Report on vaccination in Madras 1895-1903 - 1895-1903
Year: 1895
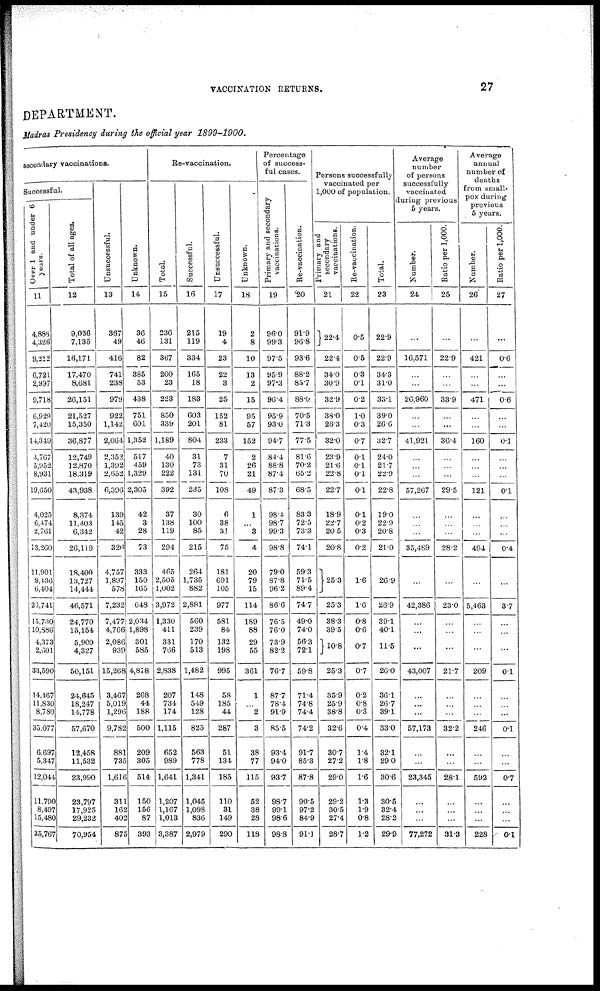
VACCINATION RETURNS.
27
DEPARTMENT.
Madras Presidency during the official year
1899-1900.
secondary vaccinations.
Successful.
Over 1 and under 6
years.
11
4,886
4,326
9,212
6,721
2,997
9,718
6,929
7,420
14,349
4,767
5,952
8,931
19,650
4,025
6,474
2,761
13,260
11,901
8,436
6,404
23,741
15,730
10,886
4,373
2,601
33,590
14,467
11,830
8,780
35,077
6,697
5,347
12,044
11,790
8,497
15,480
35,767
Total of all ages.
12
9,036
7,135
16,171
17,470
8,681
26,151
21,527
15,350
36,877
12,749
12,870
18,319
43,938
8,374
11,403
6,342
26,119
18,400
13,727
14,444
46,571
24,770
15,154
5,900
4,327
50,151
24,645
18,247
14,778
57,670
12,458
11,532
23,990
23,797
17,925
29,232
70,954
Unsuccessful.
13
367
49
416
741
238
979
922
1,142
2,064
2,352
1,392
2,652
6,396
139
145
42
326
4,757
1,897
578
7,232
7,477
4,766
2,086
939
15,268
3,467
5,019
1,296
9,782
881
735
1,616
311
162
402
875
Unknown.
14
36
46
82
385
53
438
751
601
1,352
517
459
1,329
2,305
42
3
28
73
333
150
165
648
2,034
1,898
301
585
4,818
268
44
188
500
209
305
514
150
156
87
393
Re-vaccination.
Total.
15
236
131
367
200
23
223
850
339
1,189
40
130
222
392
37
138
119
294
465
2,505
1,002
3,972
1,330
411
331
766
2,838
207
734
174
1,115
652
989
1,641
1,207
1,167
1,013
3,387
Successful.
16
215
119
334
165
18
183
603
201
804
31
73
131
235
30
100
85
215
264
1,735
882
2,881
560
239
170
513
1,482
148
549
128
825
563
778
1,341
1,045
1,098
836
2,979
Unsuccessful.
17
19
4
23
22
3
25
152
81
233
7
31
70
108
6
38
31
75
181
691
105
977
581
84
132
198
995
58
185
44
287
51
134
185
110
31
149
290
Unknown.
18
2
8
10
13
2
15
95
57
152
2
26
21
49
1
... 3
4
20
79
15
114
189
88
29
55
361
1
...
2
3
38
77
115
52
38
28
118
Percentage
of success-
ful cases.
Primary and secondary
vaccinations.
19
96.0
99.3
97.5
95.9
97.3
96.4
95.9
93.0
94.7
84.4
88.8
87.4
87.3
98.4
98.7
99.3
98.8
79.0
87.8
96.2
86.6
76.5
76.0
73.9
82.2
76.7
87.7
78.4
91.9
85.5
93.4
94.0
93.7
98.7
99.1
98.6
98.8
Re-vaccination.
20
91.9
96.8
93.6
88.2
85.7
88.0
70.5
71.3
77.5
81.6
70.2
65.2
68.5
83.3
72.5
73.3
74.1
59.3
71.5
89.4
74.7
49.0
74.0
56.3
72.1
59.8
71.4
74.8
74.4
74.2
91.7
85.3
87.8
90.5
97.2
84.9
91.1
Persons successfully
vaccinated per
1,000 of population.
Primary and
secondary
vaccinations.
21
22.4
22.4
34.0
30.9
32.9
38.0
26.3
32.0
23.9
21.6
22.8
22.7
18.9
22.7
20.5
20.8
25.3
25.3
38.3
39.5
10.8
25.3
35.9
25.9
38.8
32.6
30.7
27.2
29.0
29.2
30.5
27.4
28.7
Re-vaccination.
22
0.5
0.5
0.3
0.1
0.2
1.0
0.3
0.7
0.1
0.1
0.1
0.1
0.1
0.2
0.3
0.2
1.6
1.6
0.8
0.6
0.7
0.7
0.2
0.8
0.3
0.4
1.4
1.8
1.6
1.8
1.9
0.8
1.2
Total.
23
22.9
22.9
34.3
31.0
33.1
39.0
26.6
32.7
24.0
21.7
22.9
22.8
19.0
22.9
20.8
21.0
26.9
26.9
39.1
40.1
11.5
26.0
36.1
26.7
39.1
33.0
32.1
29.0
30.6
30.5
32.4
28.2
29.9
Average
number
of persons
successfully
vaccinated
during previous
5 years.
Number.
24
...
16,571
...
...
26,960
...
...
41,921
...
...
...
57,267
...
...
...
35,489
...
42,386
...
...
...
43,007
...
...
...
57,173
...
...
23,345
...
...
...
77,272
Ratio per 1,000.
25
...
22.9
...
...
33.9
...
...
36.4
...
...
...
29.5
...
...
...
28.2
...
23.0
...
...
...
21.7
...
...
...
32.2
...
...
28.1
...
...
...
31.8
Average
annual
number of
deaths
from small-
pox during
previous
5 years.
Number.
26
...
421
...
...
471
...
...
160
...
...
...
121
...
...
...
494
...
5,463
...
...
...
209
...
...
...
246
...
...
59.2
...
...
...
228
Ratio per 1,000.
27
...
0.6
...
...
0.6
...
...
0.1
...
...
...
0.1
...
...
...
0.4
...
3.7
...
...
...
0.1
...
...
...
0.1
...
...
0.7
...
...
...
0.1